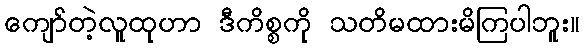
ကျော်တဲ့လူထုဟာ ဒီကိစ္စကို သတိမထားမိကြပါဘူး။